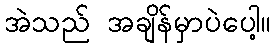
အဲသည် အချိန်မှာပဲပေါ့။